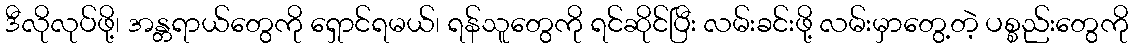
ဒီလိုလုပ်ဖို့၊ အန္တရာယ်တွေကို ရှောင်ရမယ်၊ ရန်သူတွေကို ရင်ဆိုင်ပြီး လမ်းခင်းဖို့ လမ်းမှာတွေ့တဲ့ ပစ္စည်းတွေကို